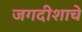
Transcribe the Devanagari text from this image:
जगदीशाचे